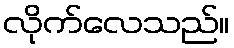
လိုက်လေသည်။